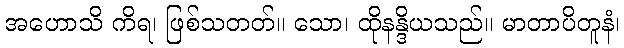
အဟောသိ ကိရ၊ ဖြစ်သတတ်။ သော၊ ထိုနန္ဒိယသည်။ မာတာပိတူနံ၊